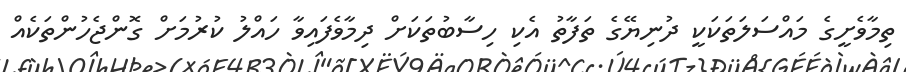
ތިމާވެށީގެ މައްސަލަތަކަކީ ދުނިޔޭގެ ތަފާތު އެކި ހިސާބުތަކަށް ދިމާވެފައިވާ ހައްލު ކުރުމަށް ގޮންޖެހުންތަކެއް